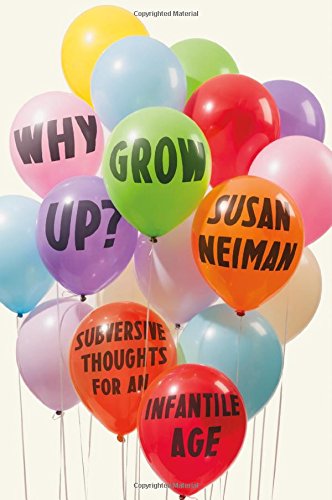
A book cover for Why Grow Up?: Subversive Thoughts for an Infantile Age; Susan Neiman; Politics & Social Sciences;